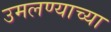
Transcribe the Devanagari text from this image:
उमलण्याच्या